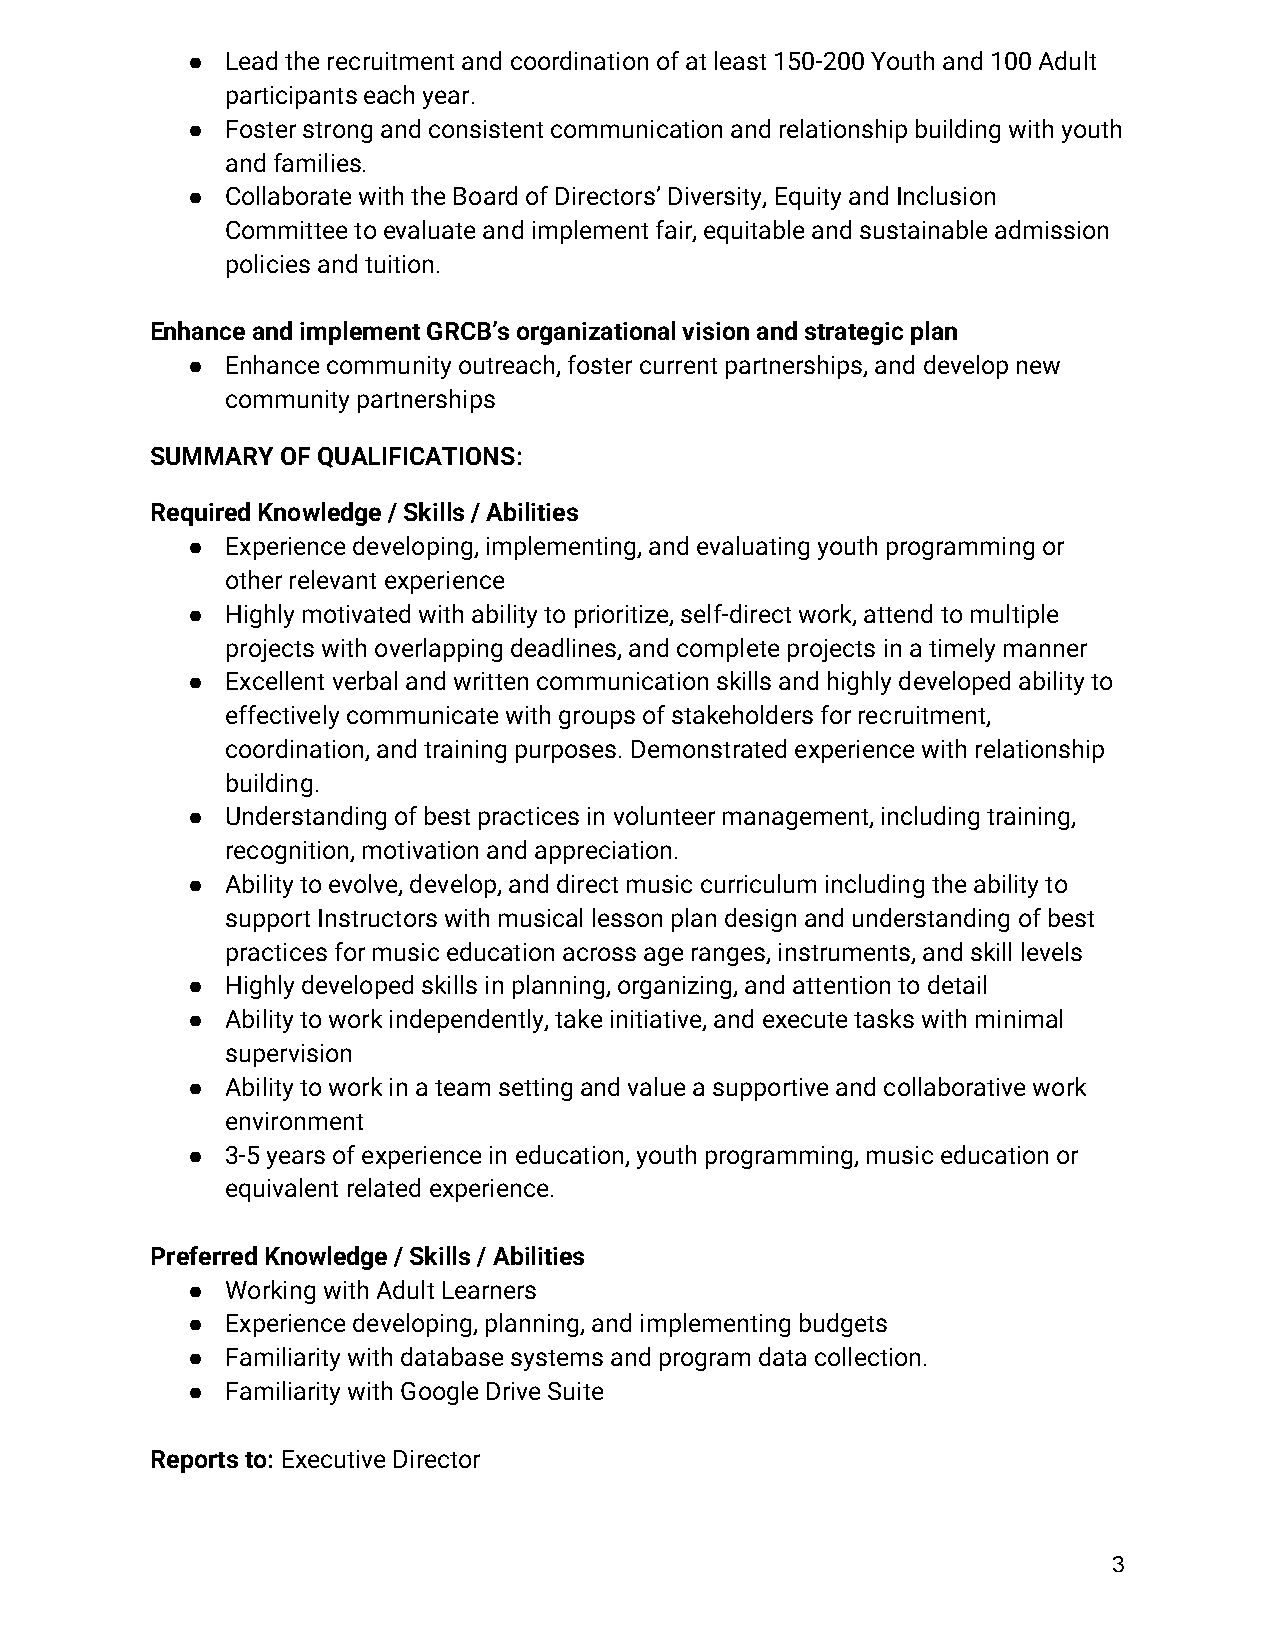
●  Lead the recruitment and coordination of at least 150-200 Youth and 100 Adult
 participants each year.
 ●  Foster strong and consistent communication and relationship building with youth
 and families.
 ●  Collaborate with the Board of Directors’ Diversity, Equity and Inclusion
 Committee to evaluate and implement fair, equitable and sustainable admission
 policies and tuition.
 Enhance and implement GRCB’s organizational vision and strategic plan
 ●  Enhance community outreach, foster current partnerships, and develop new
 community partnerships
 SUMMARY  OF QUALIFICATIONS:
 Required Knowledge / Skills / Abilities
 ●  Experience developing, implementing, and evaluating youth programming or
 other relevant experience
 ●  Highly motivated with ability to prioritize, self-direct work, attend to multiple
 projects with overlapping deadlines, and complete projects in a timely manner
 ●  Excellent verbal and written communication skills and highly developed ability to
 effectively communicate with groups of stakeholders for recruitment,
 coordination, and training purposes. Demonstrated experience with relationship
 building.
 ●  Understanding of best practices in volunteer management, including training,
 recognition, motivation and appreciation.
 ●  Ability to evolve, develop, and direct music curriculum including the ability to
 support Instructors with musical lesson plan design and understanding of best
 practices for music education across age ranges, instruments, and skill levels
 ●  Highly developed skills in planning, organizing, and attention to detail
 ●  Ability to work independently, take initiative, and execute tasks with minimal
 supervision
 ●  Ability to work in a team setting and value a supportive and collaborative work
 environment
 ●  3-5 years of experience in education, youth programming, music education or
 equivalent related experience.
 Preferred Knowledge / Skills / Abilities
 ●  Working with Adult Learners
 ●  Experience developing, planning, and implementing budgets
 ●  Familiarity with database systems and program data collection.
 ●  Familiarity with Google Drive Suite
 Reports to: Executive Director
 3